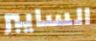
السايبر